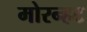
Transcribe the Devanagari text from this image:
मोरन्हट